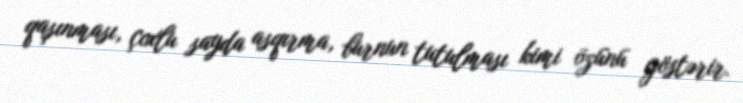
qaşınması, çoxlu sayda asqırma, burnun tutulması kimi özünü göstərir.